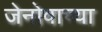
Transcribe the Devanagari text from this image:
जेनोवाच्या